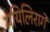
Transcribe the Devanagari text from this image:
मयिलिरागे